Indian journal of veterinary science and animal husbandry - Volumes 24-25, 1954-1955
Year: 1954
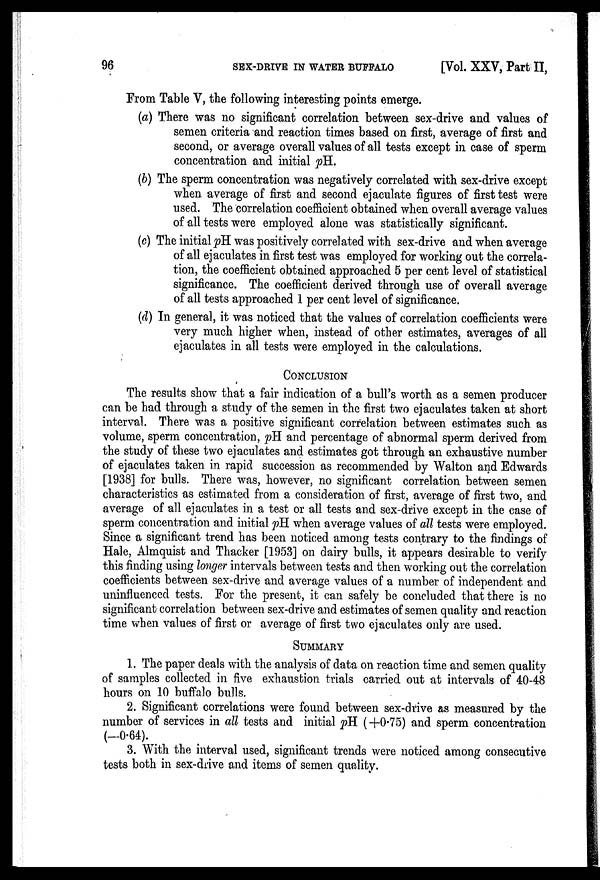
96
SEX-DRIVE IN WATER BUFFALO
[Vol. XXV, Part II,
From Table V, the following interesting points emerge.
(a) There was no significant correlation between sex-drive and values of
semen criteria and reaction times based on first, average of first and
second, or average overall values of all tests except in case of sperm
concentration and initial pH.
(b) The sperm concentration was negatively correlated with sex-drive except
when average of first and second ejaculate figures of first test were
used. The correlation coefficient obtained when overall average values
of all tests were employed alone was statistically significant.
(c) The initial pH was positively correlated with sex-drive and when average
of all ejaculates in first test was employed for working out the correla-
tion, the coefficient obtained approached 5 per cent level of statistical
significance. The coefficient derived through use of overall average
of all tests approached 1 per cent level of significance.
(d) In general, it was noticed that the values of correlation coefficients were
very much higher when, instead of other estimates, averages of all
ejaculates in all tests were employed in the calculations.
CONCLUSION
The results show that a fair indication of a bull's worth as a semen producer
can be had through a study of the semen in the first two ejaculates taken at short
interval. There was a positive significant correlation between estimates such as
volume, sperm concentration, pH and percentage of abnormal sperm derived from
the study of these two ejaculates and estimates got through an exhaustive number
of ejaculates taken in rapid succession as recommended by Walton and Edwards
[1938] for bulls. There was, however, no significant correlation between semen
characteristics as estimated from a consideration of first, average of first two, and
average of all ejaculates in a test or all tests and sex-drive except in the case of
sperm concentration and initial pH when average values of all tests were employed.
Since a significant trend has been noticed among tests contrary to the findings of
Hale, Almquist and Thacker [1953] on dairy bulls, it appears desirable to verify
this finding using longer intervals between tests and then working out the correlation
coefficients between sex-drive and average values of a number of independent and
uninfluenced tests. For the present, it can safely be concluded that there is no
significant correlation between sex-drive and estimates of semen quality and reaction
time when values of first or average of first two ejaculates only are used.
SUMMARY
1. The paper deals with the analysis of data on reaction time and semen quality
of samples collected in five exhaustion trials carried out at intervals of 40-48
hours on 10 buffalo bulls.
2. Significant correlations were found between sex-drive as measured by the
number of services in all tests and initial pH (+0.75) and sperm concentration
(—0.64).
3. With the interval used, significant trends were noticed among consecutive
tests both in sex-drive and items of semen quality.